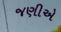
જણીએ